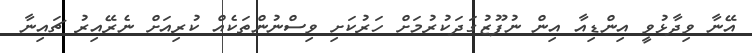
އޭނާ ވިދާޅުވީ އިންޑިއާ އިން ނުފޫޒުގަދަކުރުމަށް ހަރުކަށި ވިސްނުންތަކެއް ކުރިއަށް ނެރޭއިރު ޗައިނާ